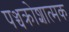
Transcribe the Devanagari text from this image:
पञ्चक्रोशात्मक